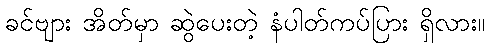
ခင်ဗျား အိတ်မှာ ဆွဲပေးတဲ့ နံပါတ်ကပ်ပြား ရှိလား။